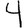
Digit: 4